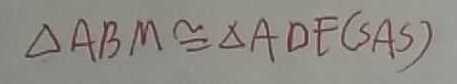
\Delta A B M \cong \Delta A D F ( S A S )